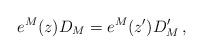
LaTeX: \begin{align*}e^{M}(z)D_{M}=e^{M}(z^{\prime})D^{\prime}_{M}\,,\end{align*}